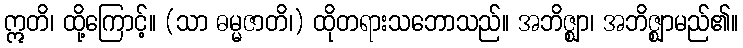
ဣတိ၊ ထို့ကြောင့်။ (သာ ဓမ္မဇာတိ၊) ထိုတရားသဘောသည်။ အဘိဇ္ဈာ၊ အဘိဇ္ဈာမည်၏။